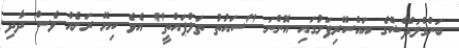
ބަންގްލަދޭޝްގެ އައްސޭރިފަށުގައި އޮންނަ "ސައުތު ތަލްޕައްތީ" އެވެ ކިޔޭ ރަށެއް ވެސް ދާދި